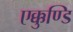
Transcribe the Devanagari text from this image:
एक्कुण्डि